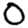
Digit: 0